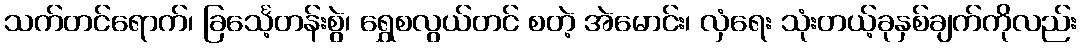
သက်တင်ရောက်၊ ခြင်္သေ့တန်းစွဲ၊ ရွှေစလွယ်တင် စတဲ့ အဲမောင်း၊ လှံရေး သုံးတယ့်ခုနှစ်ချက်ကိုလည်း